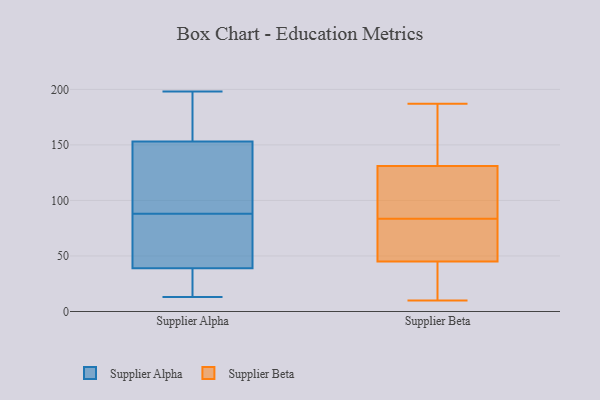
{"axis": {"x": "Revenue (USD Million)", "y": "Value"}, "legend": ["Supplier Alpha", "Supplier Beta"], "data": [{"x": "", "y": 38, "type": "Supplier Alpha"}, {"x": "", "y": 13, "type": "Supplier Alpha"}, {"x": "", "y": 23, "type": "Supplier Alpha"}, {"x": "", "y": 171, "type": "Supplier Alpha"}, {"x": "", "y": 22, "type": "Supplier Alpha"}, {"x": "", "y": 88, "type": "Supplier Alpha"}, {"x": "", "y": 198, "type": "Supplier Alpha"}, {"x": "", "y": 65, "type": "Supplier Alpha"}, {"x": "", "y": 73, "type": "Supplier Alpha"}, {"x": "", "y": 42, "type": "Supplier Alpha"}, {"x": "", "y": 79, "type": "Supplier Alpha"}, {"x": "", "y": 195, "type": "Supplier Alpha"}, {"x": "", "y": 141, "type": "Supplier Alpha"}, {"x": "", "y": 119, "type": "Supplier Alpha"}, {"x": "", "y": 147, "type": "Supplier Alpha"}, {"x": "", "y": 189, "type": "Supplier Alpha"}, {"x": "", "y": 123, "type": "Supplier Alpha"}, {"x": "", "y": 33, "type": "Supplier Alpha"}, {"x": "", "y": 155, "type": "Supplier Alpha"}, {"x": "", "y": 29, "type": "Supplier Beta"}, {"x": "", "y": 130, "type": "Supplier Beta"}, {"x": "", "y": 144, "type": "Supplier Beta"}, {"x": "", "y": 55, "type": "Supplier Beta"}, {"x": "", "y": 59, "type": "Supplier Beta"}, {"x": "", "y": 131, "type": "Supplier Beta"}, {"x": "", "y": 128, "type": "Supplier Beta"}, {"x": "", "y": 52, "type": "Supplier Beta"}, {"x": "", "y": 11, "type": "Supplier Beta"}, {"x": "", "y": 108, "type": "Supplier Beta"}, {"x": "", "y": 45, "type": "Supplier Beta"}, {"x": "", "y": 186, "type": "Supplier Beta"}, {"x": "", "y": 10, "type": "Supplier Beta"}, {"x": "", "y": 187, "type": "Supplier Beta"}]}